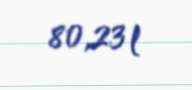
80,23 l